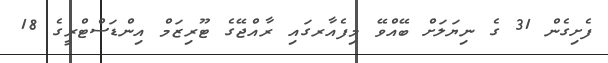
ފެށިގެން 31 ގެ ނިޔަލަށް ބޭއްވޭ މިފެއާރގައި ރާއްޖޭގެ ޓޫރިޒަމް އިންޑަސްޓްރީގެ 18